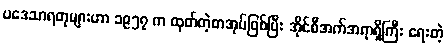
ပဒေသာရတုများဟာ ၁၉၅၇ က ထုတ်တဲ့စာအုပ်ဖြစ်ပြီး အိုင်စီအက်အရာရှိကြီး ရေးတဲ့